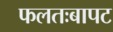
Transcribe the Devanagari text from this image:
फलतःबापट